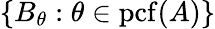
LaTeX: \{ B_{\theta}:\theta\in\mathrm{{pcf}}(A)\}